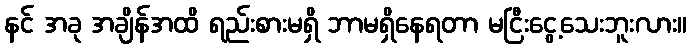
နင် အခု အချိန်အထိ ရည်းစားမရှိ ဘာမရှိနေရတာ မငြီးငွေ့သေးဘူးလား။